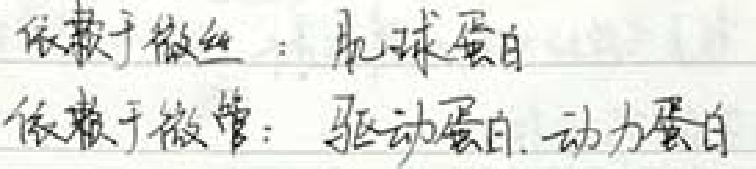
依赖于微丝：肌球蛋白
依赖于微管：驱动蛋白、动力蛋白